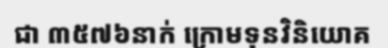
ជា ៣៥៧៦នាក់ ក្រោមទុនវិនិយោគ